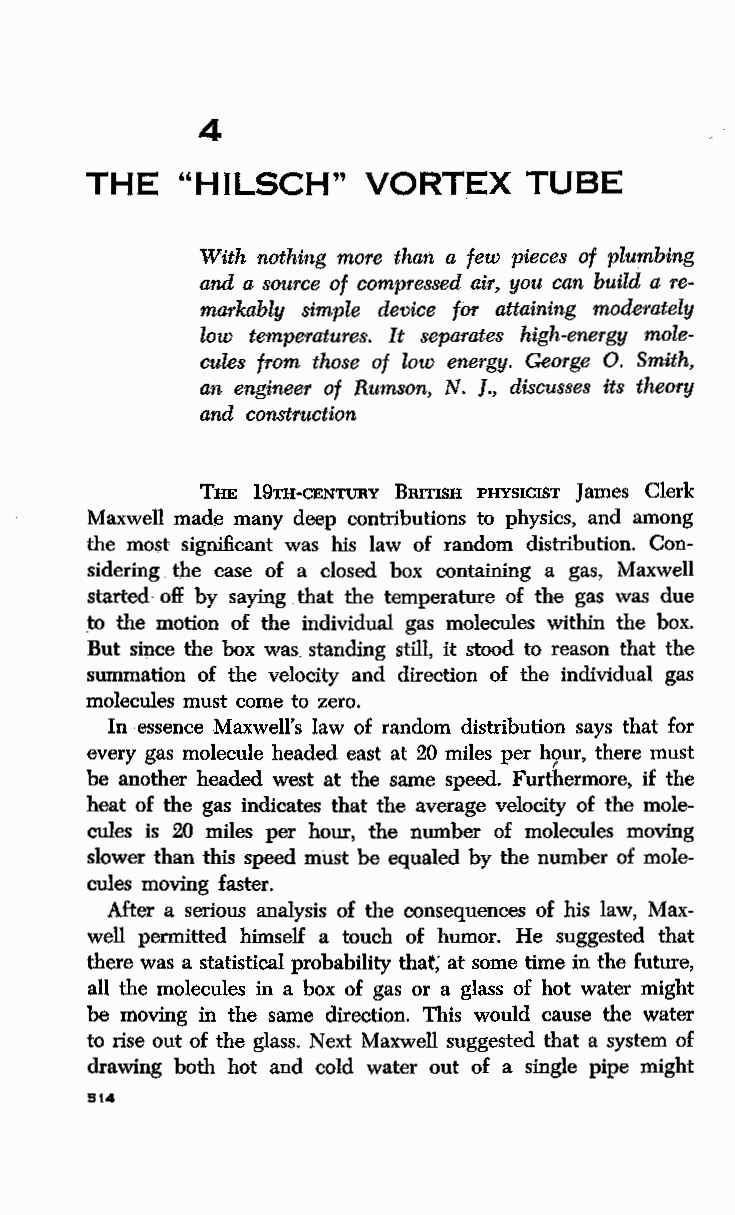
4
 THE   "HILSCH"    VORTEX     TUBE
 With nothing more than a few pieces of plumbing
 and a source of compressed air, you can build a re
 markably simple device for attaining moderately
 low temperatures. It separates high-energy mole
 cules from those of low energy. George 0. Smith,
 an engineer of Rumson, N. ]., discusses its theory
 and construction
 THE 19TH-CENTURY BRITISH PHYSICIST James Clerk
 Maxwell made many deep contributions to physics, and among
 the most significant was his law of random distribution. Con
 sidering. the case of a closed box containing a gas, Maxwell
 started· off by saying . that the temperature of the gas was due
 to. the motion of the individual gas molecules within the box.
 But since the box was standing still, it stood to reason that the
 summation of the velocity and direction of the individual gas
 molecules must come to zero.
 In essence Maxwell's law of random distribution says that for
 every gas molecule headed east at 20 miles per hour, there must
 r
 be another headed west at the same speed. Furthermore, if the
 heat of the gas indicates that the average velocity of the mole
 cules is 20 miles per hour, the number of molecules moving
 slower than this speed must be equaled by the number of mole
 cules moving faster.
 After a serious analysis of the consequences of his law, Max
 well permitted himself a touch of humor. He suggested that
 there was a statistical probability that; at some time in the future,
 all the molecules in a box of gas or a glass of hot water might
 be moving in the same direction. This would cause the water
 to rise out of the glass. Next Maxwell suggested that a system of
 drawing both hot and cold water out of a single pipe might
 514